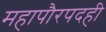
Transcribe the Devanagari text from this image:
महापौरपदही